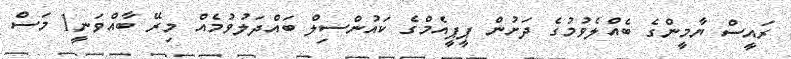
ރައީސް ޔާމީންގެ ބެއްލެވުމުގެ ދަށުން ޕީޕީއެމްގެ ކައުންސިލް ބައްދަލުވުމެއް މިރޭ ބާއްވަނީ1 މަސް